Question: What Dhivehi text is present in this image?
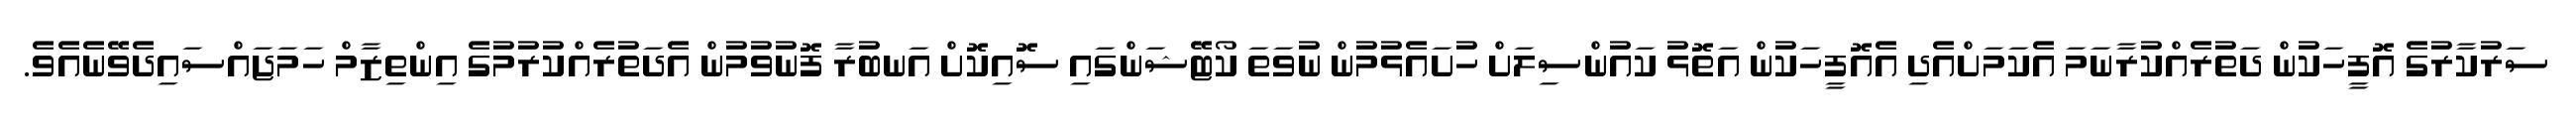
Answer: ސަރުކާރުގެ އޮފީހަކުން ދަތުރެއްކުރާނަމަ އެކަމަށްއެދި އެއޮފީހަކުން އަތޮޅު ކައުންސިލަށް ހުށައެޅުމުން ނުވަތަ ކޯޓޭޝަންގައި ސޮއިކޮށް އަނބުރާ ފޮނުވުމުން އެދަތުރެއްކުރުމުގެ އިންތިޒާމް ހަމަޖައްސައިދެވޭނެއެވެ.